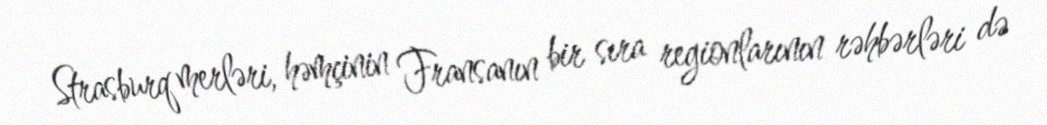
Strasburq merləri, həmçinin Fransanın bir sıra regionlarının rəhbərləri də